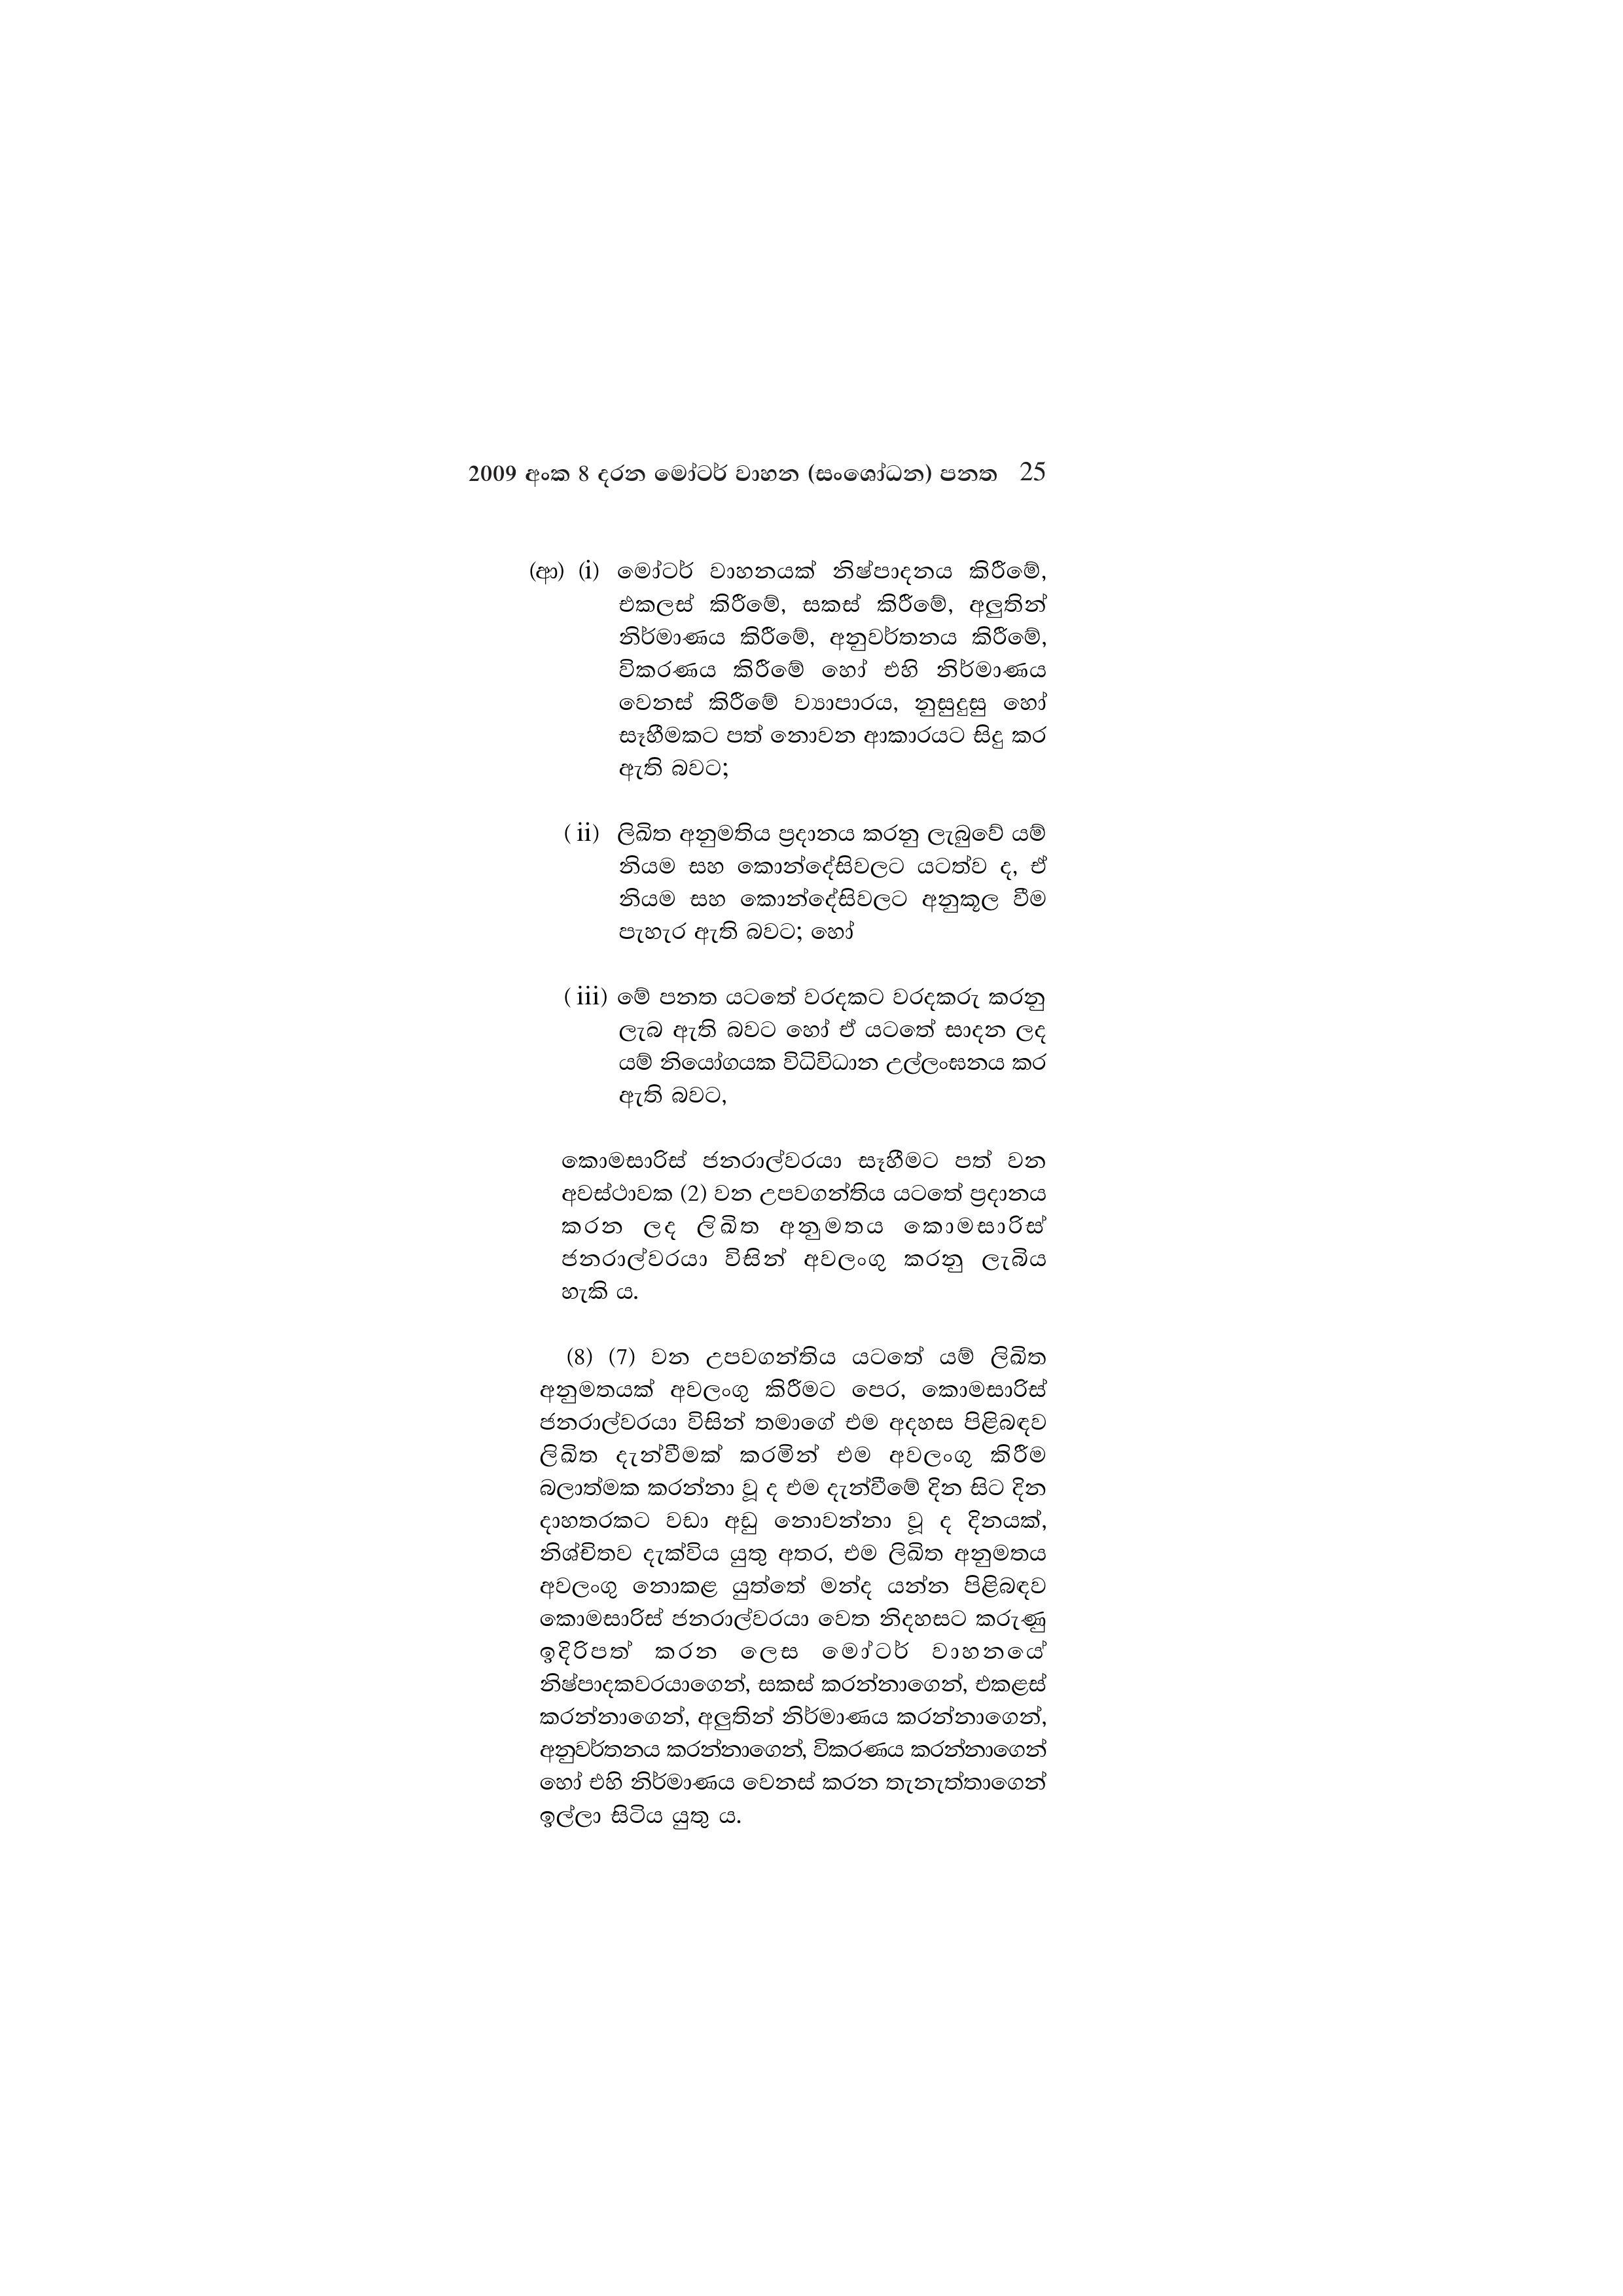
2009 අංක 8 දරන මෝටර් වාහන (සංශෝධන) පනත 25

(ආ) (i) මෝටර් වාහනයක් නිෂ්පාදනය කිරීමේ,
එකලස් කිරීමේ, සකස් කිරීමේ, අලුතින්
නිර්මාණය කිරීමේ, අනුවර්තනය කිරීමේ,
විකරණය කිරීමේ හෝ එහි නිර්මාණය
වෙනස් කිරීමේ ව්‍යාපාරය, නුසුදුසු හෝ
සෑහීමකට පත් නොවන ආකාරයට සිදු කර
ඇති බවට;

(ii) ලිඛිත අනුමතිය ප්‍රදානය කරනු ලැබුවේ යම්
නියම සහ කොන්දේසිවලට යටත්ව ද, ඒ
නියම සහ කොන්දේසිවලට අනුකූල වීම
පැහැර ඇති බවට; හෝ

(iii) මේ පනත යටතේ වරදකට වරදකරු කරනු
ලැබ ඇති බවට හෝ ඒ යටතේ සාදන ලද
යම් නියෝගයක විධිවිධාන උල්ලංඝනය කර
ඇති බවට,

කොමසාරිස් ජනරාල්වරයා සෑහීමට පත් වන
අවස්ථාවක (2) වන උපවගන්තිය යටතේ ප්‍රදානය
කරන ලද ලිඛිත අනුමතය කොමසාරිස්
ජනරාල්වරයා විසින් අවලංගු කරනු ලැබිය
හැකි ය.

(8) (7) වන උපවගන්තිය යටතේ යම් ලිඛිත
අනුමතයක් අවලංගු කිරීමට පෙර, කොමසාරිස්
ජනරාල්වරයා විසින් තමාගේ එම අදහස පිළිබඳව
ලිඛිත දැන්වීමක් කරමින් එම අවලංගු කිරීම
බලාත්මක කරන්නා වූ ද එම දැන්වීමේ දින සිට දින
දාහතරකට වඩා අඩු නොවන්නා වූ ද දිනයක්,
නිශ්චිතව දැක්විය යුතු අතර, එම ලිඛිත අනුමතය
අවලංගු නොකළ යුත්තේ මන්ද යන්න පිළිබඳව
කොමසාරිස් ජනරාල්වරයා වෙත නිදහසට කරුණු
ඉදිරිපත් කරන ලෙස මෝටර් වාහනයේ
නිෂ්පාදකවරයාගෙන්, සකස් කරන්නාගෙන්, එකළස්
කරන්නාගෙන්, අලුතින් නිර්මාණය කරන්නාගෙන්,
අනුවර්තනය කරන්නාගෙන්, විකරණය කරන්නාගෙන්
හෝ එහි නිර්මාණය වෙනස් කරන තැනැත්තාගෙන්
ඉල්ලා සිටිය යුතු ය.